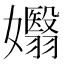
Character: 𡤖